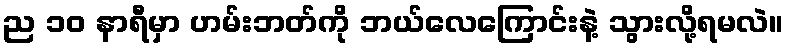
ည ၁၀ နာရီမှာ ဟမ်းဘတ်ကို ဘယ်လေကြောင်းနဲ့ သွားလို့ရမလဲ။